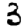
Digit: 3